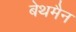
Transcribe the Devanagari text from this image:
बेथमैन